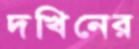
দখিনের